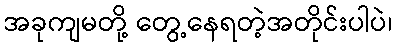
အခုကျမတို့ တွေ့နေရတဲ့အတိုင်းပါပဲ၊